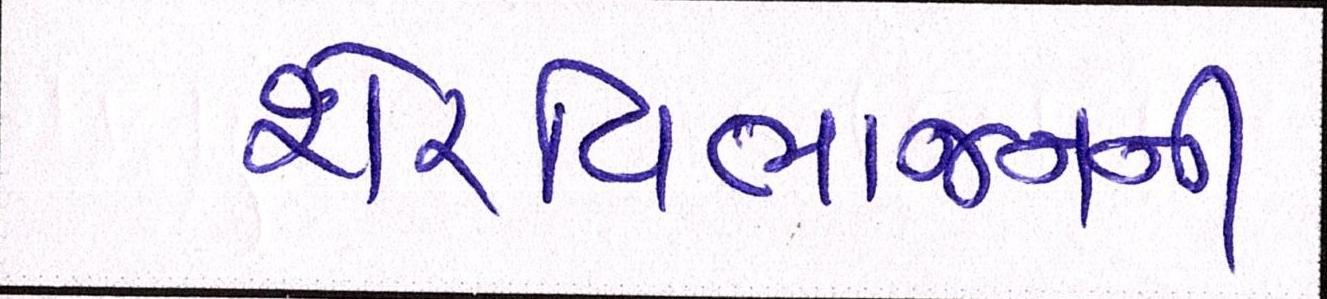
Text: શેરવિભાજનની